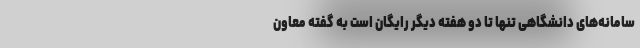
سامانه‌های دانشگاهی تنها تا دو هفته دیگر رایگان است به گفته معاون